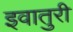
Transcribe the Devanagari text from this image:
इवातुरी